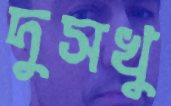
দুসখু